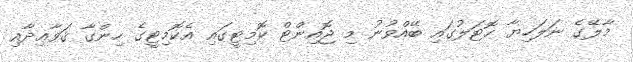
މާލޭގެ ނަލަހިޔާ ހޮޓަލުގައި ބޭއްވުނު މި ޖޮއިންޓް ކޮމިޓީގައި އެކޮމިޓީގެ ހިންގާ ޤަވާޢިދާއި